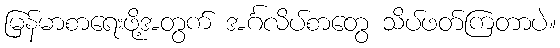
မြန်မာစာရေးဖို့အတွက် အင်္ဂလိပ်စာတွေ သိပ်ဖတ်ကြတာပဲ။